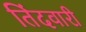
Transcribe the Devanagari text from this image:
तिंदवारी